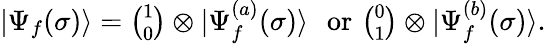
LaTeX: \begin{array}{r}{|\Psi_{f}(\sigma)\rangle=\binom{1}{0}\otimes|\Psi_{f}^{(a)}(\sigma)\rangle\, \, \, \, \mathrm{or}\, \, \binom{0}{1}\otimes|\Psi_{f}^{(b)}(\sigma)\rangle.}\end{array}